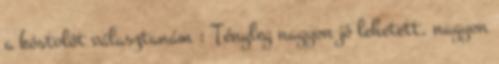
a kóstolót választanám : Tényleg nagyon jó lehetett, nagyon